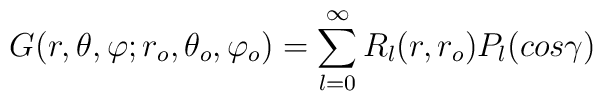
G(r,\theta,\varphi; r_o,\theta_o,\varphi_o) = \sum_{l=0}^{\infty} R_l (r,r_o)P_l (cos\gamma)\\